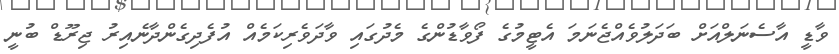
ވާޑީ އާސެނަލްއަށް ބަދަލުވެއްޖެނަމަ އެޓީމުގެ ފޯވާޑުންގެ މެދުގައި ވާދަވެރިކަމެއް އުފެދިގެންދާނެއިރު ޖިރޫޑް ބުނީ